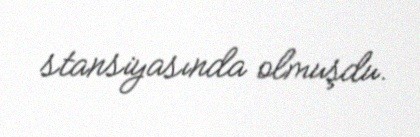
stansiyasında olmuşdu.